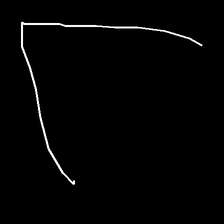
Glyph: region